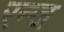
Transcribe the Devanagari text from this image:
रन्ज